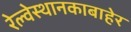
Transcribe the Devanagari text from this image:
रेल्वेस्थानकाबाहेर